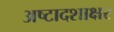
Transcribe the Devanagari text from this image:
अष्टादशाक्षर